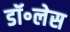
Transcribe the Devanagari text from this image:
डॉ॰लेस